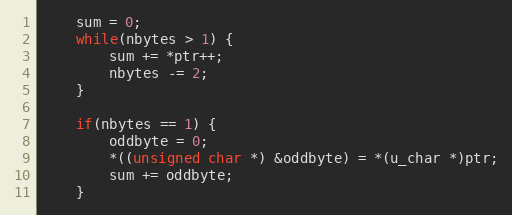
Language: C
    sum = 0;
    while(nbytes > 1) {
        sum += *ptr++;
        nbytes -= 2;
    }

    if(nbytes == 1) {
        oddbyte = 0;
        *((unsigned char *) &oddbyte) = *(u_char *)ptr;
        sum += oddbyte;
    }